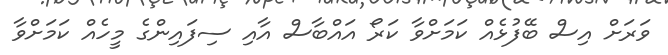
ވަރަށް އިސް ބޭފުޅެއް ކަމަށްވާ ކަރޯ އައްބާސް އާއި ސިފައިންގެ މީހެއް ކަމަށްވާ